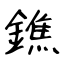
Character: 鐎